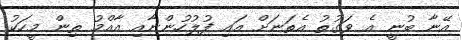
އޭނާ ބުނީ އެ ވަގުތު އެތަނަށް އައި ފުލުހުންނާއި އާއްމު ތިން މީހަކު